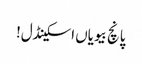
پانچ بیویاں اسکینڈل!